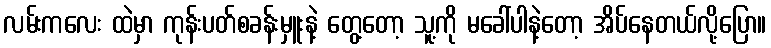
လမ်းကလေး ထဲမှာ ကုန်းပတ်စခန်းမှူးနဲ့ တွေ့တော့ သူ့ကို မခေါ်ပါနဲ့တော့ အိပ်နေတယ်လို့ပြော။